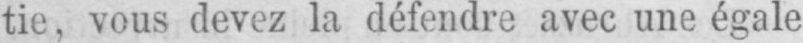
tie, vous devez la défendre avec une égale